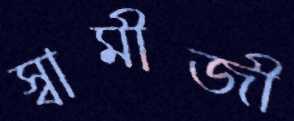
স্বামীজী